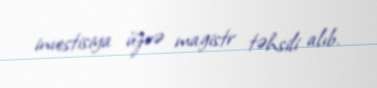
investisiya üzrə magistr təhsili alıb.